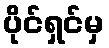
ပိုင်ရှင်မှ